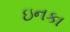
ઇનકા